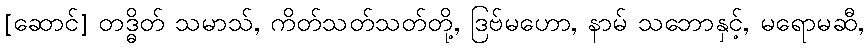
[ဆောင်] တဒ္ဓိတ် သမာသ်, ကိတ်သတ်သတ်တို့, ဒြဗ်မဟော, နာမ် သဘောနှင့်, မရောမဆီ,